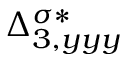
{ \Delta } _ { 3 , y y y } ^ { \sigma * }